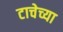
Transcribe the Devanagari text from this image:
टाचेच्या